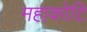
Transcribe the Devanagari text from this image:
महाकोटि